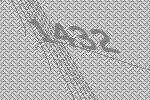
1432